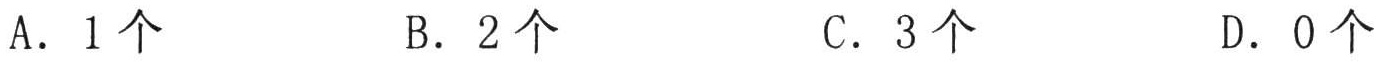
A. \(1\)个  B. \(2\)个  C. \(3\)个  D. \(0\)个